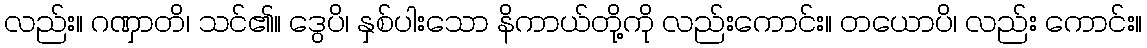
လည်း။ ဂဏှာတိ၊ သင်၏။ ဒွေပိ၊ နှစ်ပါးသော နိကာယ်တို့ကို လည်းကောင်း။ တယောပိ၊ လည်း ကောင်း။